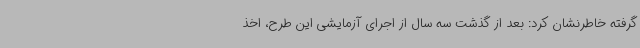
گرفته خاطرنشان کرد: بعد از گذشت سه سال از اجرای آزمایشی این طرح، اخذ